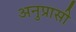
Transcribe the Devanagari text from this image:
अनुप्रासी